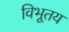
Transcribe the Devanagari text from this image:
विभूतय